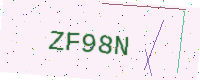
Text: ZF98N